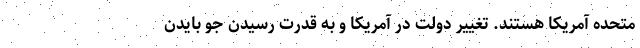
متحده آمریکا هستند. تغییر دولت در آمریکا و به قدرت رسیدن جو بایدن